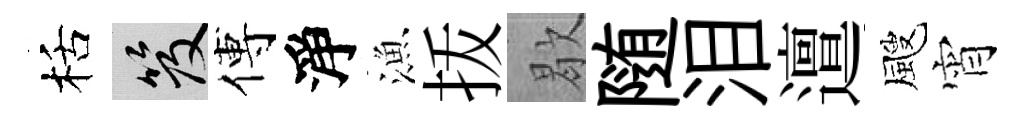
栝笈傅淨漁㧞歇随泪邅颼宵